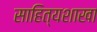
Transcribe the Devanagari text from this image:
साहित्यशाखा